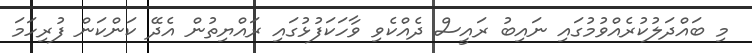
މި ބައްދަލުކުރެއްވުމުގައި ނައިބު ރައީސް ދެއްކެވި ވާހަކަފުޅުގައި ރައްޔިތުން އެދޭ ކަންކަން ފުރިހަމަ